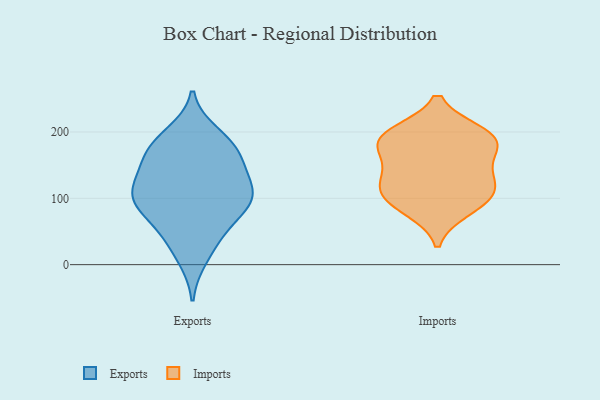
{"axis": {"x": "Humidity (%)", "y": "Value"}, "legend": ["Exports", "Imports"], "data": [{"x": "", "y": 131, "type": "Exports"}, {"x": "", "y": 53, "type": "Exports"}, {"x": "", "y": 177, "type": "Exports"}, {"x": "", "y": 94, "type": "Exports"}, {"x": "", "y": 100, "type": "Exports"}, {"x": "", "y": 134, "type": "Exports"}, {"x": "", "y": 180, "type": "Exports"}, {"x": "", "y": 97, "type": "Exports"}, {"x": "", "y": 83, "type": "Exports"}, {"x": "", "y": 158, "type": "Exports"}, {"x": "", "y": 40, "type": "Exports"}, {"x": "", "y": 196, "type": "Exports"}, {"x": "", "y": 11, "type": "Exports"}, {"x": "", "y": 170, "type": "Exports"}, {"x": "", "y": 112, "type": "Exports"}, {"x": "", "y": 99, "type": "Exports"}, {"x": "", "y": 131, "type": "Imports"}, {"x": "", "y": 171, "type": "Imports"}, {"x": "", "y": 83, "type": "Imports"}, {"x": "", "y": 184, "type": "Imports"}, {"x": "", "y": 95, "type": "Imports"}, {"x": "", "y": 140, "type": "Imports"}, {"x": "", "y": 108, "type": "Imports"}, {"x": "", "y": 196, "type": "Imports"}, {"x": "", "y": 114, "type": "Imports"}, {"x": "", "y": 188, "type": "Imports"}, {"x": "", "y": 198, "type": "Imports"}]}